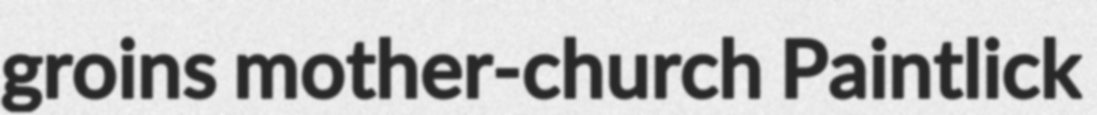
groins mother-church Paintlick